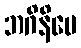
ဘဂိနိပေ